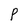
Character: p